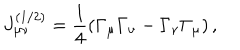
J _ { \mu \nu } ^ { ( 1 / 2 ) } = \frac 1 4 \left( \Gamma _ { \mu } \Gamma _ { \nu } - \Gamma _ { \nu } \Gamma _ { \mu } \right) ,